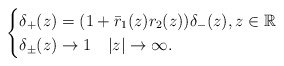
\begin{align*}\begin{cases}\delta_{+}(z) = (1+ \bar{r}_1(z) r_2(z)) \delta_{-}(z), z \in \mathbb{R} \\\delta_{\pm}(z) \rightarrow 1 \quad|z| \rightarrow \infty.\end{cases}\end{align*}